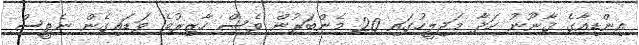
އިންޑިއާގެ ޤާނޫނު ހަދާ މަޖިލީހުގައި 20 މެންބަރުން ވެސް ހާޒިރުވެ ވަޑައިގެން ނެތީސް